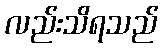
လည်းသိရသည်